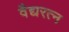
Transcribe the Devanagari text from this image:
वैद्यरत्न